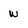
Character: w